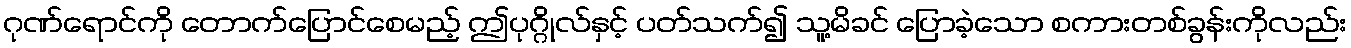
ဂုဏ်ရောင်ကို တောက်ပြောင်စေမည့် ဤပုဂ္ဂိုလ်နှင့် ပတ်သက်၍ သူ့မိခင် ပြောခဲ့သော စကားတစ်ခွန်းကိုလည်း